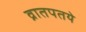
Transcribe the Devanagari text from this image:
व्रातपतये